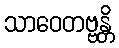
သာဝေတဗ္ဗန္တိ